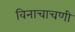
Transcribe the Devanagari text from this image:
विनाचाचणी